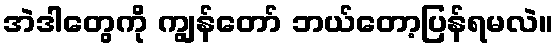
အဲဒါတွေကို ကျွန်တော် ဘယ်တော့ပြန်ရမလဲ။